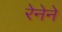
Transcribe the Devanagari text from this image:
रेनेने